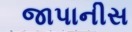
જાપાનીસ